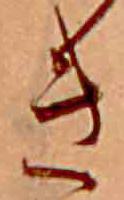
き